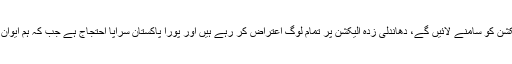
انہوں نے کہا کہ دھاندلی زدہ الیکشن کو سامنے لائیں گے، دھاندلی زدہ الیکشن پر تمام لوگ اعتراض کر رہے ہیں اور پورا پاکستان سراپا احتجاج ہے جب کہ ہم ایوان میں تاریخی کردار اداکریں گے۔